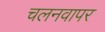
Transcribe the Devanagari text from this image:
चलनवापर